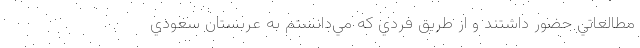
مطالعاتي حضور داشتند و از طريق فردي كه مي‌دانستم به عربستان سعودي